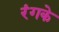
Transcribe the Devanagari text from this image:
रंगके